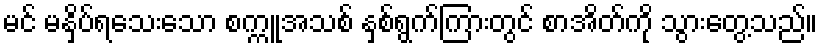
မင် မနှိပ်ရသေးသော စက္ကူအသစ် နှစ်ရွက်ကြားတွင် စာအိတ်ကို သွားတွေ့သည်။